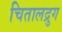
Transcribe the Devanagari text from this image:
चितालद्रुग